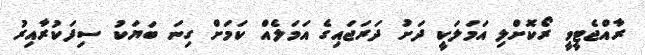
ރާއްޖެޓީވީ ރޯކޮށްލި އަމަލަކީ ދަށު ދަރަޖައިގެ އަމަލެއް ކަމަށް ގިނަ ބަޔަކު ސިފަކުރާއިރު